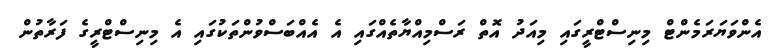
އެންވަޔަރަމެންޓް މިނިސްޓްރީގައި މިއަދު އޮތް ރަސްމިއްޔާތެއްގައި އެ އެއްބަސްވުންތަކުގައި އެ މިނިސްޓްރީގެ ފަރާތުން